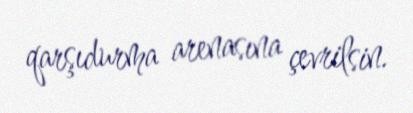
qarşıdurma arenasına çevrilsin.